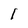
Character: I